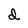
Character: d